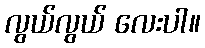
လွယ်လွယ် လေးပါ။